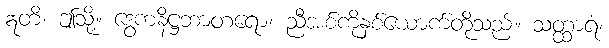
ဣတိ၊ ဤသို့။ ဒွေကနိဋ္ဌဘာတရော၊ ညီအစ်ကိုနှစ်ယောက်တို့သည်။ သတ္ထာရံ၊